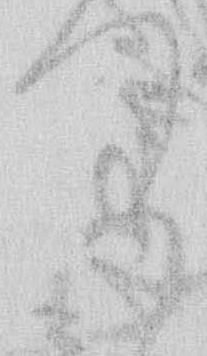
り